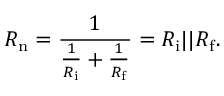
R _ { \mathrm { n } } = { \frac { 1 } { { \frac { 1 } { R _ { \mathrm { i } } } } + { \frac { 1 } { R _ { \mathrm { f } } } } } } = R _ { \mathrm { i } } | | R _ { \mathrm { f } } .